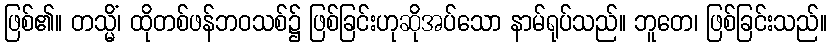
ဖြစ်၏။ တသ္မိံ၊ ထိုတစ်ဖန်ဘဝသစ်၌ ဖြစ်ခြင်းဟုဆိုအပ်သော နာမ်ရုပ်သည်။ ဘူတေ၊ ဖြစ်ခြင်းသည်။